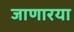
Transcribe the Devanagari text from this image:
जाणारया